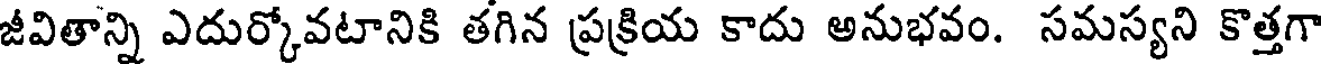
జీవితాన్ని ఎదుర్కోవటానికి తగిన ప్రక్రియ కాదు అనుభవం. సమస్యని కొత్తగా